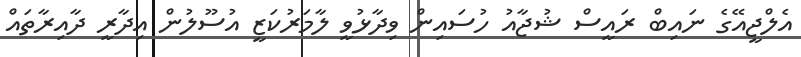
އެލްޖީއޭގެ ނައިބް ރައީސް ޝުޖާއު ހުސައިން ވިދާޅުވީ ލާމަރުކަޒީ އުސޫލުން އިދާރީ ދާއިރާތައް